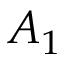
A _ { 1 }